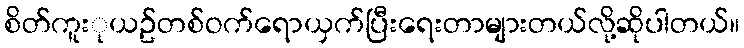
စိတ်ကူးုယဥ်တစ်ဝက်ရောယှက်ပြီးရေးတာများတယ်လို့ဆိုပါတယ်။